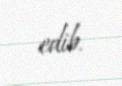
edib.